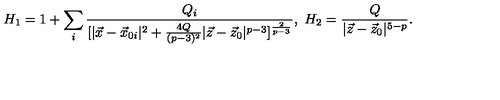
H _ { 1 } = 1 + \sum _ { i } { \frac { Q _ { i } } { [ | \vec { x } - \vec { x } _ { 0 i } | ^ { 2 } + { \frac { 4 Q } { ( p - 3 ) ^ { 2 } } } | \vec { z } - \vec { z } _ { 0 } | ^ { p - 3 } ] ^ { \frac { 2 } { p - 3 } } } } , \ H _ { 2 } = { \frac { Q } { | \vec { z } - \vec { z } _ { 0 } | ^ { 5 - p } } } .